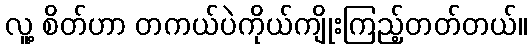
လူ့ စိတ်ဟာ တကယ်ပဲကိုယ်ကျိုးကြည့်တတ်တယ်။